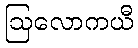
ဩလောကယီ